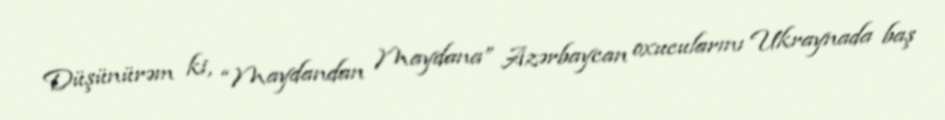
Düşünürəm ki, “Maydandan Maydana” Azərbaycan oxucularını Ukraynada baş